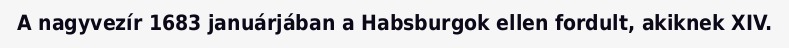
A nagyvezír 1683 januárjában a Habsburgok ellen fordult, akiknek XIV.